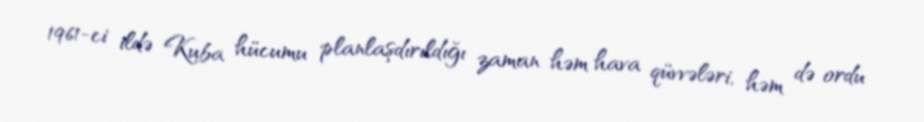
1961-ci ildə Kuba hücumu planlaşdırıldığı zaman həm hava qüvvələri, həm də ordu